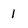
Character: 1